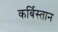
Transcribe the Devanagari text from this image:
कर्बिस्तान